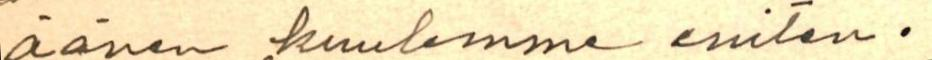
äänen kuulemme eniten.